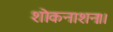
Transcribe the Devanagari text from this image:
शोकनाशनः।।